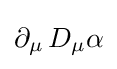
\partial _{\mu }\,D_{\mu }\alpha